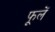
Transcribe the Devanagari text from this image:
फूलें